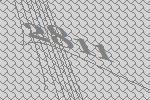
2811